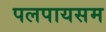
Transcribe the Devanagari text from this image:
पलपायसम